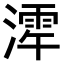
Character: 𪷋